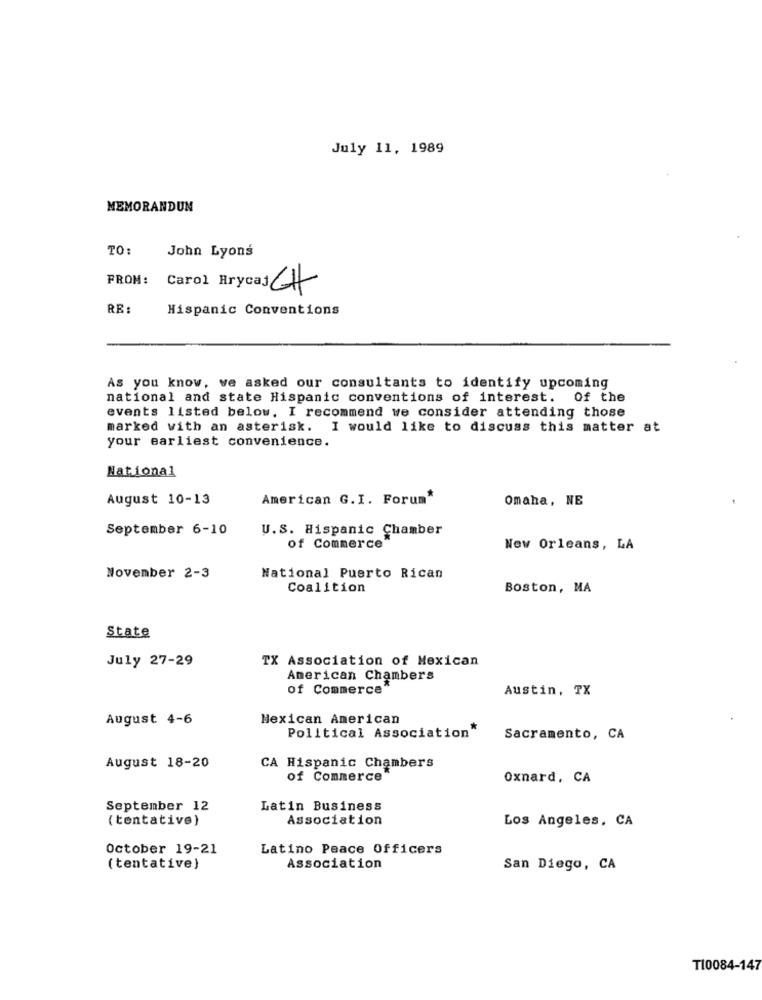
July 11, 1989
MEMORANDUM
TO
John Lyons
FROM:
Carol Hrycas CH
RE:
Hispanic Conventions
As you know, ve asked our consultants to identify upcoming
national and state Hispanic conventions of interest. Of the
events listed below. I recommend we consider attending those
marked with an asterisk. I would like to discuss this matter at
your earliest convenience.
National
August 10-13
American G. I. Forum"
Omaha, NE
September 6-10
U.S. Hispanic Chamber
of Commerce
New Orleans, LA
November 2-3
National Puerto Rican
Coalition
Boston, MA
State
July 27-29
TX Association of Mexican
American Chambers
of Commerce
Austin, TX
August 4-6
Mexican American
Political Association*
Sacramento, CA
August 18-20
CA Hispanic Chambers
of Commerce
Oxnard, CA
September 12
Latin Business
( tentative)
Association
Los Angeles, CA
October 19-21
Latino Peace Officers
( tentative )
Association
San Diego, CA
TI0084-147